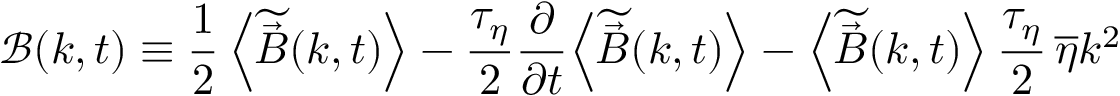
\boldsymbol { \mathcal { B } } ( \boldsymbol { k } , t ) \equiv \frac { 1 } { 2 } \left< \widetilde { \vec { B } } ( \boldsymbol { k } , t ) \right> - \frac { \tau _ { \eta } } { 2 } \frac { \partial } { \partial t } \! \left< \widetilde { \vec { B } } ( \boldsymbol { k } , t ) \right> - \left< \widetilde { \vec { B } } ( \boldsymbol { k } , t ) \right> \frac { \tau _ { \eta } } { 2 } \, \overline { { \eta } } k ^ { 2 }